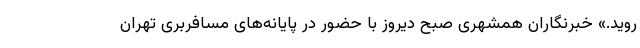
روید.» خبرنگاران همشهری صبح دیروز با حضور در پایانه‌های مسافربری تهران